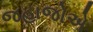
જહાજોએ